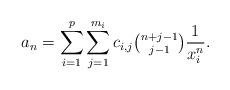
LaTeX: \begin{align*}a_n = \sum_{i=1}^p \sum_{j=1}^{m_i} c_{i,j} \tbinom{n+j-1}{j-1} \frac{1}{x_i^n}.\end{align*}